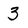
Character: 3